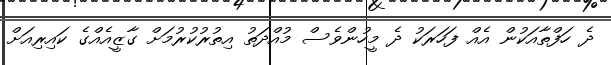
ދެ ހަފްތާއަކުން އެއް ފަހަރަކު ދެ މީހުންވެސް މުއްދަތު އިތުުރުކުރުމަށް ގާޒީއެއްގެ ކައިރިއަށް